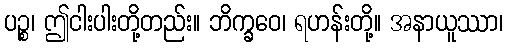
ပဉ္စ၊ ဤငါးပါးတို့တည်း။ ဘိက္ခဝေ၊ ရဟန်းတို့။ အနာယူဿာ၊